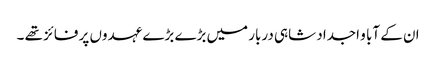
ان کے آبا و اجداد شاہی دربار میں بڑے بڑے عہدوں پر فائز تھے ۔